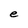
Character: e